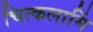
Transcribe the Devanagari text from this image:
चित्कलामिं